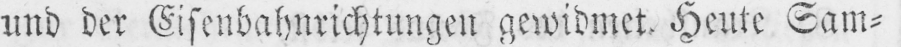
und der Eisenbahnrichtungen gewidmet. Heute Sam⸗